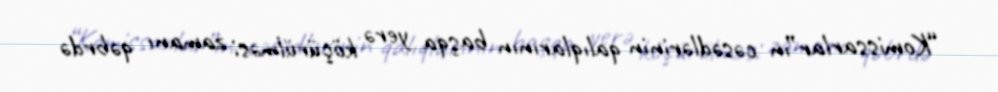
“Komissarlar”ın cəsədlərinin qalıqlarının başqa yerə köçürülməsi zamanı qəbrdə